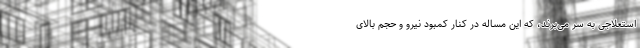
استعلاجی به سر می‌برند، که این مساله در کنار کمبود نیرو و حجم بالای